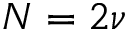
N = 2 \nu